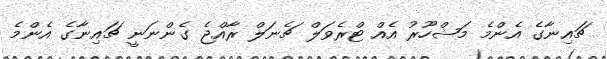
ޗައިނާގެ އެންމެ މަޝްހޫރު އެއް ޓްރެވަލް ޗެނަލް ރާއްޖެ ގެންނަނީ ޗައިނާގެ އެންމެ